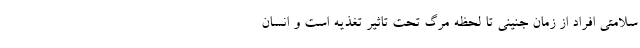
سلامتی افراد از زمان جنینی تا لحظه مرگ تحت تاثیر تغذیه است و انسان